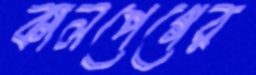
কালপেগের